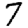
Digit: 7